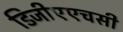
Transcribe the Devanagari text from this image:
डिजीएएचसी